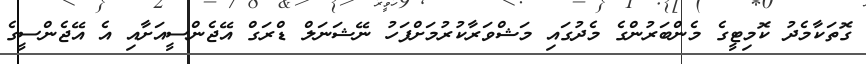
ގޮތަކާމެދު ކޮމިޓީގެ މެންބަރުންގެ މެދުގައި މަޝްވަރާކުރުމަށްފަހު ނޭޝަނަލް ޑްރަގް އޭޖެންސީއަށާއި އެ އޭޖެންސީގެ